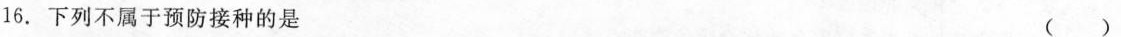
16.下列不属于预防接种的是 ( )